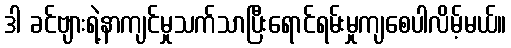
ဒါ ခင်ဗျားရဲ့နာကျင်မှုသက်သာပြီးရောင်ရမ်းမှုကျစေပါလိမ့်မယ်။